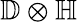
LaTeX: \mathbb{D}\otimes\mathbb{H}